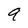
Character: 9